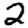
Digit: 2